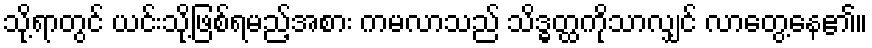
သို့ရာတွင် ယင်းသို့ဖြစ်ရမည့်အစား ကမလာသည် သိဒ္ဓတ္ထကိုသာလျှင် လာတွေ့နေ၏။